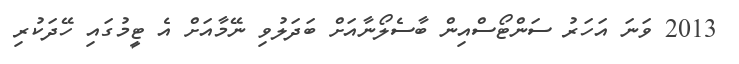
2013 ވަނަ އަހަރު ސަންޓޯސްއިން ބާސެލޯނާއަށް ބަދަލުވި ނޭމާއަށް އެ ޓީމުގައި ހޭދަކުރި